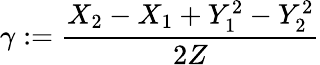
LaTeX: \gamma:=\frac{X_{2}-X_{1}+Y_{1}^{2}-Y_{2}^{2}}{2Z}